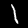
Digit: 1